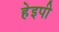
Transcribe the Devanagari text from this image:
हेइपी